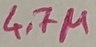
Text: 4.7µ